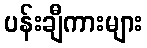
ပန်းချီကားများ